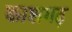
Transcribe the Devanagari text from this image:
काशगढ़